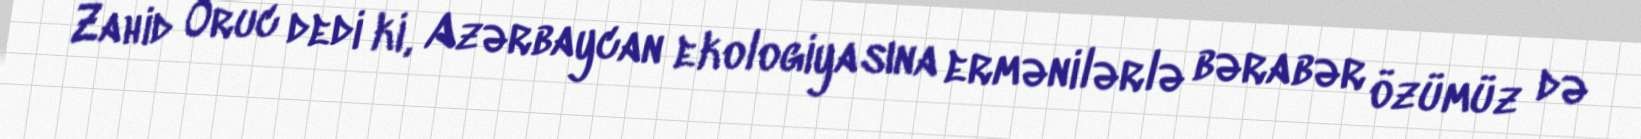
Zahid Oruc dedi ki, Azərbaycan ekologiyasına ermənilərlə bərabər özümüz də